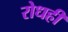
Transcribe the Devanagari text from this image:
रोधही